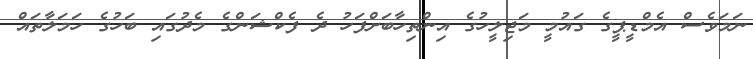
ނަމަވެސް އެމްޑީޕީގެ ގައުމީ މަޖިލީހުގެ އިންތިހާބަށްފަހު ދެ ފެކްޝަންގެ މެދުގައި ބަހުގެ ހަމަލާތައް